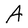
Character: A